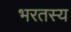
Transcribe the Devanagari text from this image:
भरतस्य